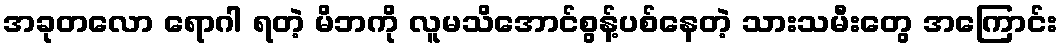
အခုတလော ရောဂါ ရတဲ့ မိဘကို လူမသိအောင်စွန့်ပစ်နေတဲ့ သားသမီးတွေ အကြောင်း